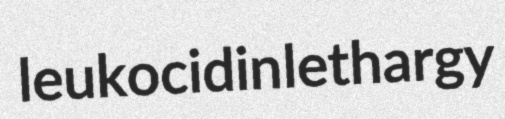
leukocidin lethargy